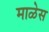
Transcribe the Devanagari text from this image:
माळेस